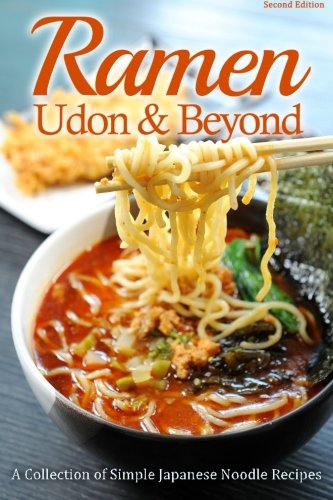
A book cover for Ramen, Udon & Beyond: A Collection of Simple Japanese Noodle Recipes; Cooking Penguin; Cookbooks, Food & Wine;